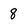
Character: 8